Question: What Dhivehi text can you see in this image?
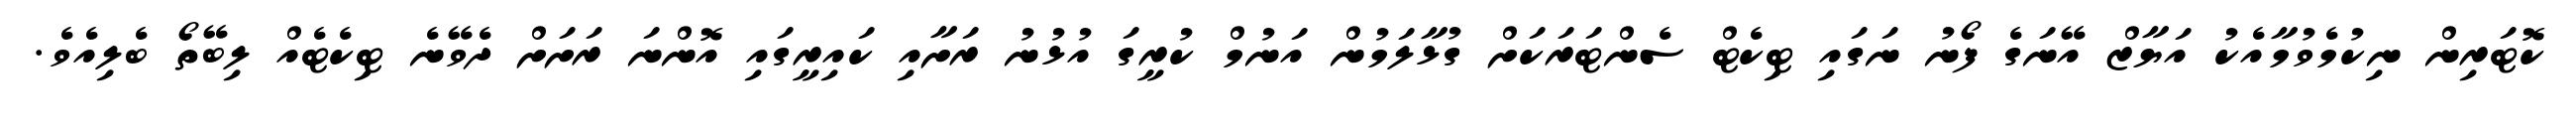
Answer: ކޮޓަރިން ނިކުމެވުމާއެކު އަޔާޒް އޭނަގެ ފޯނު ނަގައި ޓިކެޓް ސެންޓަރަކަށް ގުޅާލަމުން އަނުމް ކުރީގަ އުޅުނު ރަށާއި ކައިރީގައި އޮންނަ ރަށަށް ދެވޭނެ ޓިކެޓެއް ލިބޭތޯ ބެލިއެވެ.